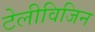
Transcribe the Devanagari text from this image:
टेलीविजिन